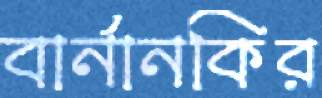
বার্নানকির